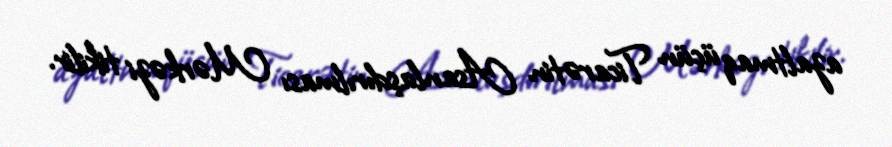
azaltmaq üçün Ticarətin Asanlaşdırılması Mərkəzi tikilir.